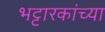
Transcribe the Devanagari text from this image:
भट्टारकांच्या